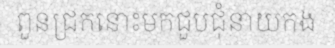
ពួនជ្រកនោះមកជួបជុំនាយកង